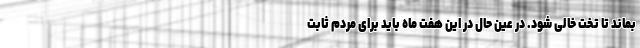
بماند تا تخت خالی شود. در عین حال در این هفت ماه باید برای مردم ثابت